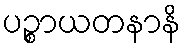
ပဉ္စာယတနာနိ